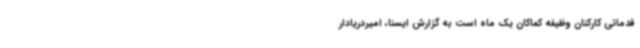
قدماتی کارکنان وظیفه کماکان یک ماه است به گزارش ایسنا، امیردریادار